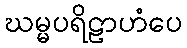
ဃမ္မပရိဠာဟံပေ